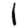
Digit: 1